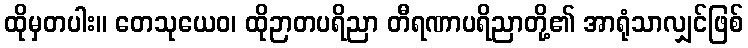
ထိုမှတပါး။ တေသုယေဝ၊ ထိုဉာတပရိညာ တီရဏာပရိညာတို့၏ အာရုံသာလျှင်ဖြစ်